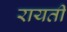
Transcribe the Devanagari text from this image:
रायती